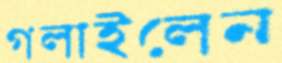
গলাইলেন